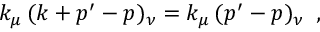
k _ { \mu } \, ( k + p ^ { \prime } - p ) _ { \nu } = k _ { \mu } \, ( p ^ { \prime } - p ) _ { \nu } \, \, \, ,